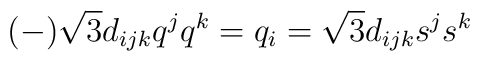
(-)\sqrt 3 d_{ijk} q^j q^k = q_i = \sqrt 3 d_{ijk} s^j s^k